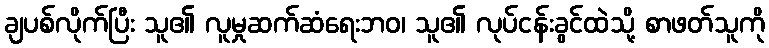
ချပစ်လိုက်ပြီး သူ၏ လူမှုဆက်ဆံရေးဘဝ၊ သူ၏ လုပ်ငန်းခွင်ထဲသို့ စာဖတ်သူကို